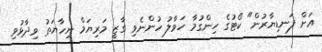
އަށް ފަނޑިޔާރުން" ކޯޓުގެ ހިންގުމާ ހަވާލު ހުންނެވި ގާޒީ މަރިޔަމް ނިހާޔަތު ވިދާޅުވި